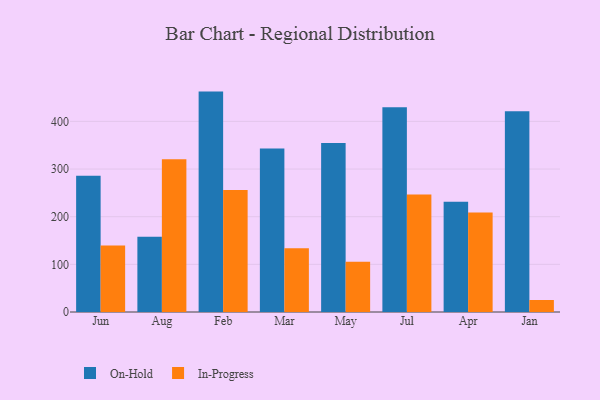
{"axis": {"x": "Month", "y": "Revenue (USD Million)"}, "legend": ["In-Progress", "On-Hold"], "data": [{"x": "Jun", "y": 285.9, "type": "On-Hold"}, {"x": "Jun", "y": 139.3, "type": "In-Progress"}, {"x": "Aug", "y": 158.0, "type": "On-Hold"}, {"x": "Aug", "y": 320.3, "type": "In-Progress"}, {"x": "Feb", "y": 462.5, "type": "On-Hold"}, {"x": "Feb", "y": 256.0, "type": "In-Progress"}, {"x": "Mar", "y": 343.1, "type": "On-Hold"}, {"x": "Mar", "y": 133.7, "type": "In-Progress"}, {"x": "May", "y": 354.6, "type": "On-Hold"}, {"x": "May", "y": 105.4, "type": "In-Progress"}, {"x": "Jul", "y": 429.5, "type": "On-Hold"}, {"x": "Jul", "y": 246.4, "type": "In-Progress"}, {"x": "Apr", "y": 231.4, "type": "On-Hold"}, {"x": "Apr", "y": 208.8, "type": "In-Progress"}, {"x": "Jan", "y": 421.1, "type": "On-Hold"}, {"x": "Jan", "y": 25.2, "type": "In-Progress"}]}